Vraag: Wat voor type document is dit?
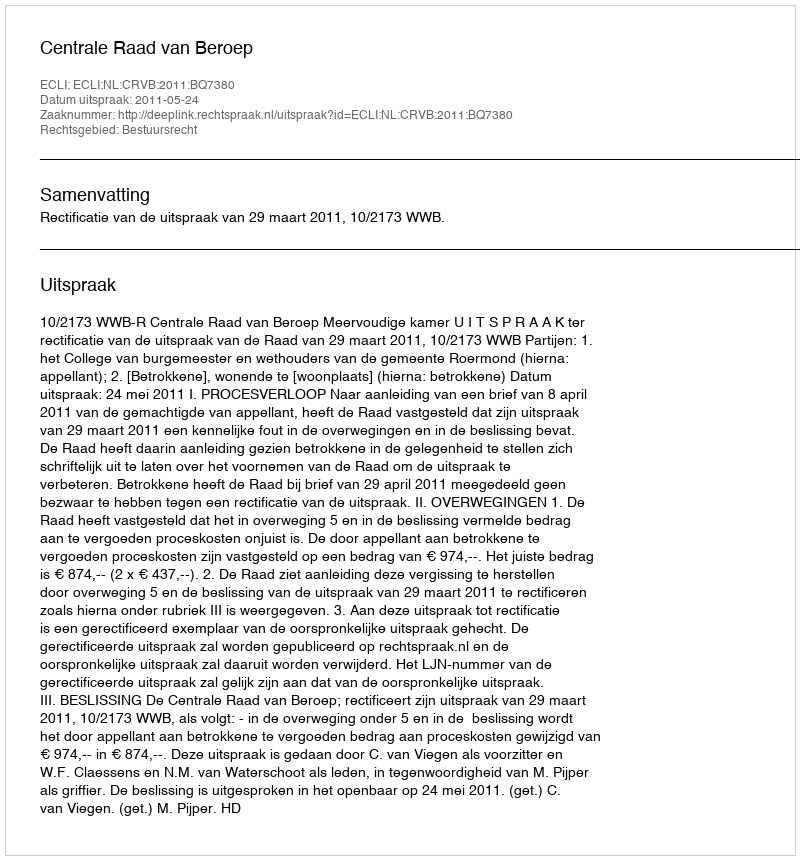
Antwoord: Uitspraak